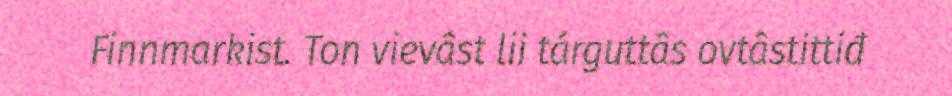
Finnmarkist. Ton vievâst lii tárguttâs ovtâstittiđ